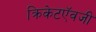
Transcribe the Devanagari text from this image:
क्रिकेटऍवजी